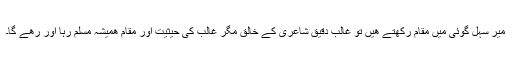
میر سہل گوئی میں مقام رکھتے ھیں تو غالب دقیق شاعری کے خالق مگر غالب کی حیثیت اور مقام ھمیشہ مسلم رہا اور رھے گا۔